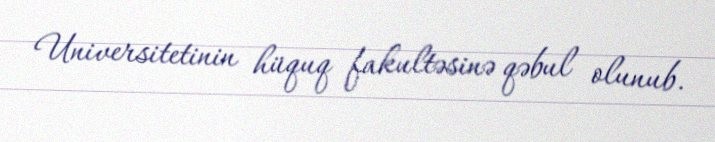
Universitetinin hüquq fakultəsinə qəbul olunub.